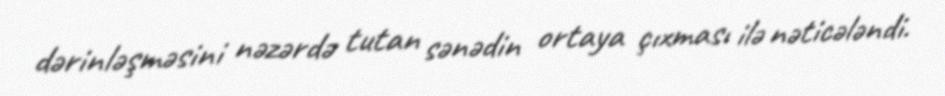
dərinləşməsini nəzərdə tutan sənədin ortaya çıxması ilə nəticələndi.